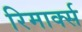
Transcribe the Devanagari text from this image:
रिमार्क्स